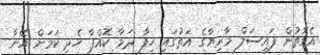
އެގޮތުން ފައިސަލް މާރިޔާގެ އަތުގައި ހިފާ ދަމާ ކޮއްޕާ ހެދި ކަމަށް އޭނާ